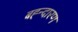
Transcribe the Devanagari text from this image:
बह्न्दारण